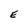
Character: E